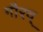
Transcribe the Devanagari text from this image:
गौरव्